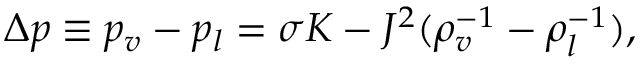
\Delta p \equiv p _ { v } - p _ { l } = \sigma K - { J ^ { 2 } } ( \rho _ { v } ^ { - 1 } - \rho _ { l } ^ { - 1 } ) ,